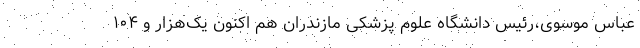
عباس موسوی،رئیس دانشگاه علوم پزشکی مازندران هم اکنون یک‌هزار و ۱۰۴